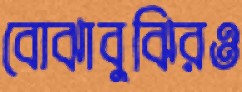
বোঝাবুঝিরও